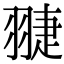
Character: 𦑈